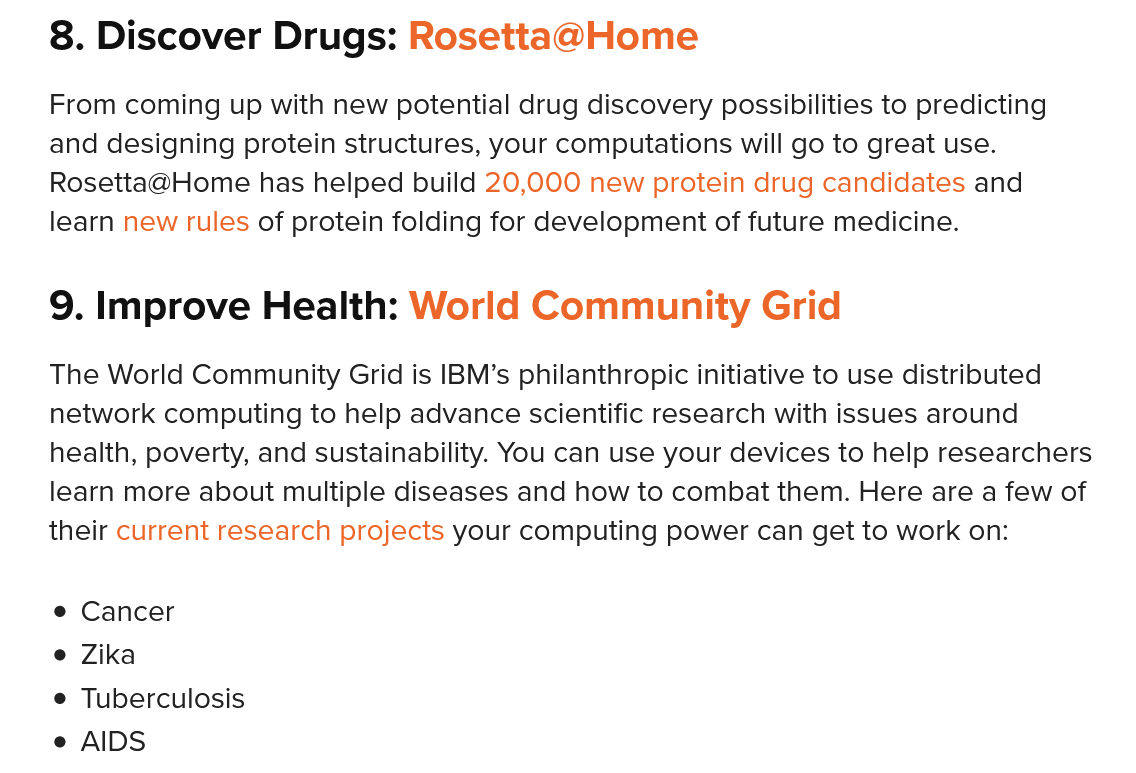
8. Discover    Drugs:   Rosetta@Home
    9. Improve    Health:   World   Community    Grid
    From coming up with new potential drug discovery possibilities to predicting
    and designing protein structures, your computations will go to great use.
    Rosetta@Home has helped build 20,000 new protein drug candidates and
    learn new rules of protein folding for development of future medicine.
    The World Community Grid is IBM’s philanthropic initiative to use distributed
    network computing to help advance scientific research with issues around
    health, poverty, and sustainability. You can use your devices to help researchers
    learn more about multiple diseases and how to combat them. Here are a few of
    their current research projects your computing power can get to work on:
     Cancer
     Zika
     Tuberculosis
     AIDS